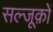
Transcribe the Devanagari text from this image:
सल्जूक़ों